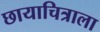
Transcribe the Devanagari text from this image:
छायाचित्राला